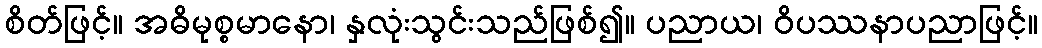
စိတ်ဖြင့်။ အဓိမုစ္စမာနော၊ နှလုံးသွင်းသည်ဖြစ်၍။ ပညာယ၊ ဝိပဿနာပညာဖြင့်။